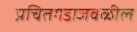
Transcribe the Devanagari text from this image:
प्रचितगडाजवळील